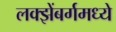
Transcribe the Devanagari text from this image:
लक्झेंबर्गमध्ये